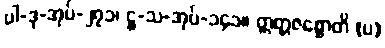
ပါ-ဒု-အုပ်-၂၇၁၊ ဋ္ဌ-သ-အုပ်-၁၄၁။ ဣတ္တဇစ္စောတိ (ပ)